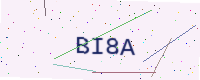
Text: BI8A